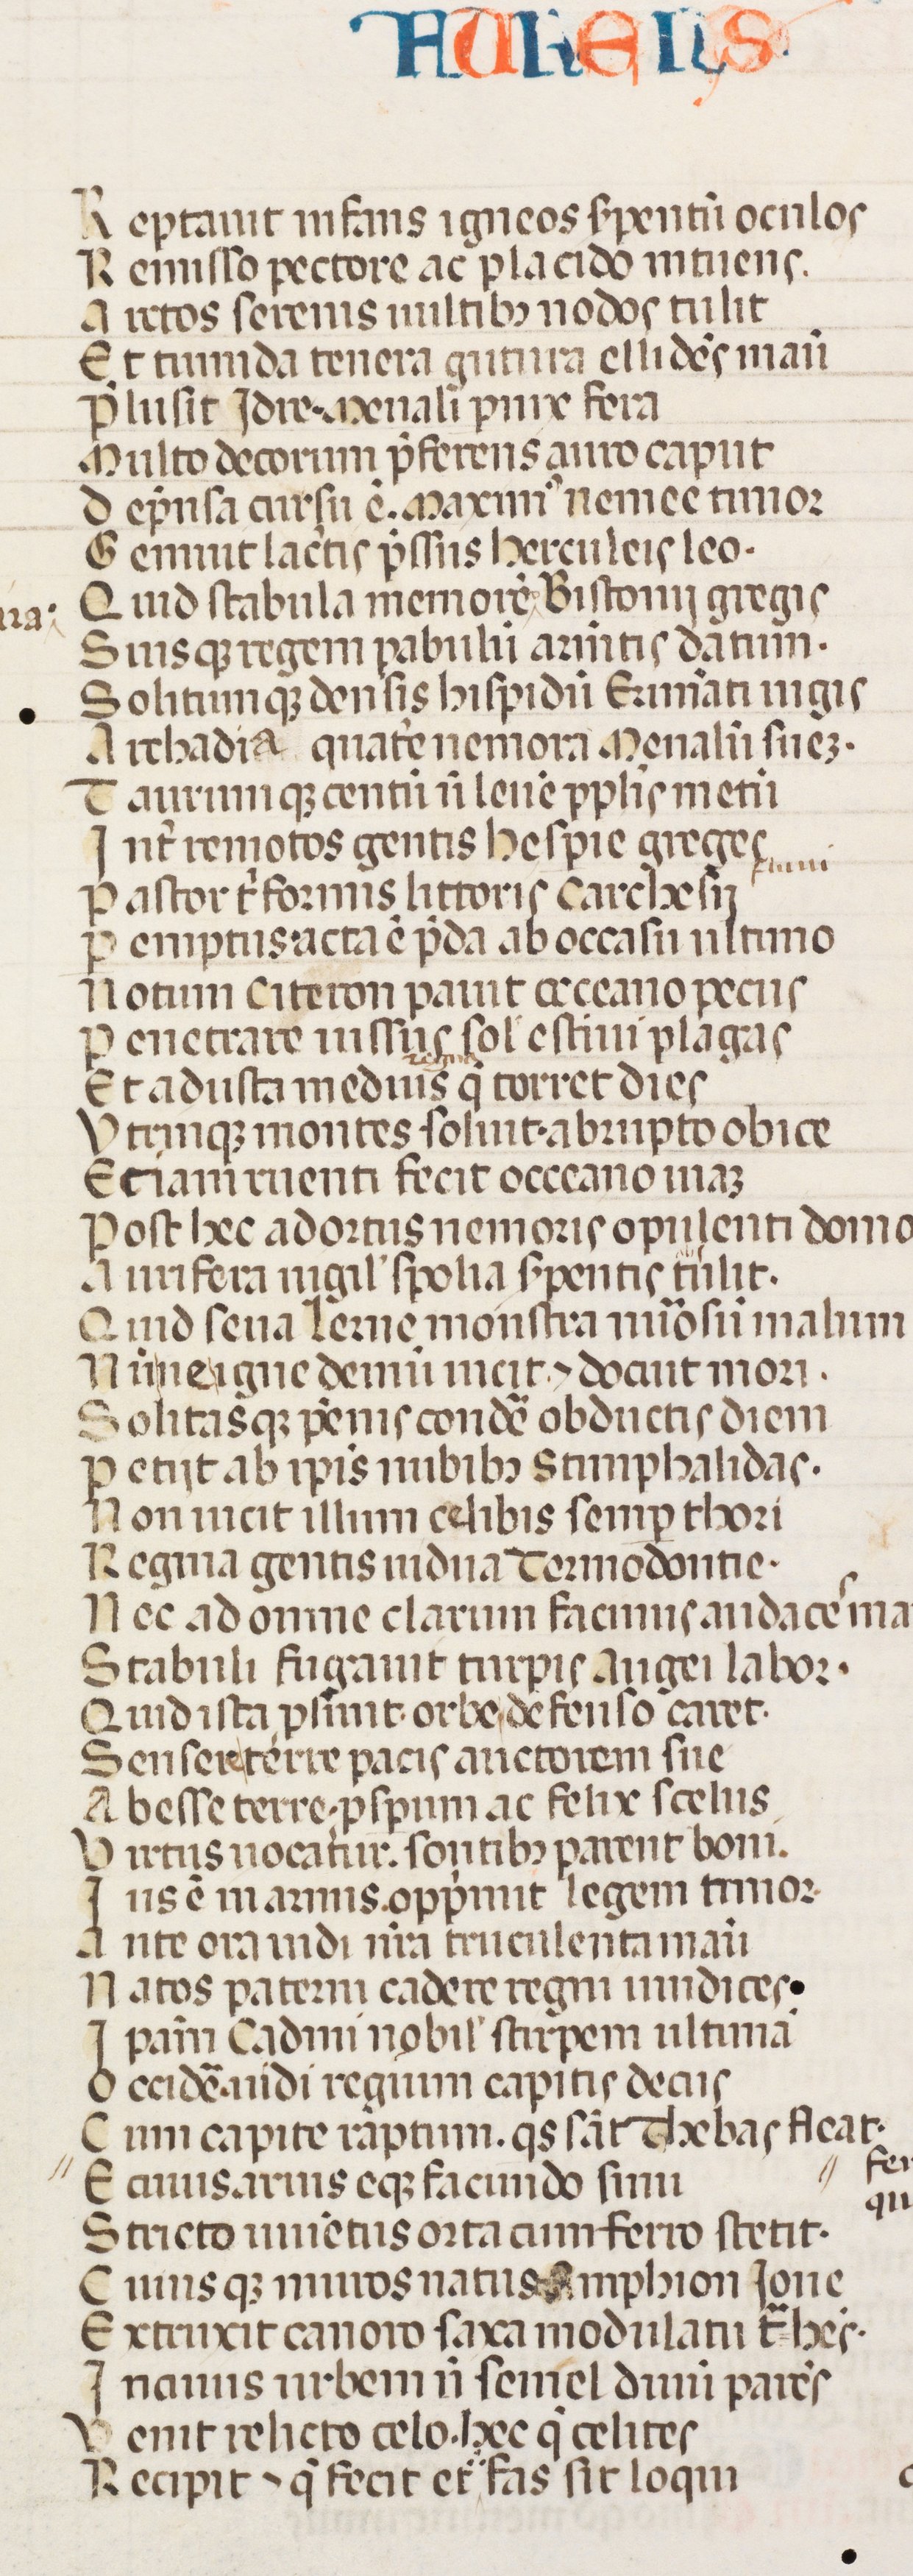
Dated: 1300–1399